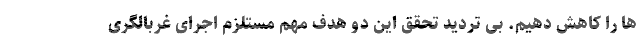
ها را کاهش دهیم. بی تردید تحقق این دو هدف مهم مستلزم اجرای غربالگری